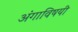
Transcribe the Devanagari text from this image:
अंगाविषयी